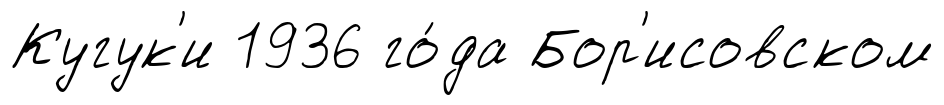
Кугук'и 1936 го́да Бор'исовском